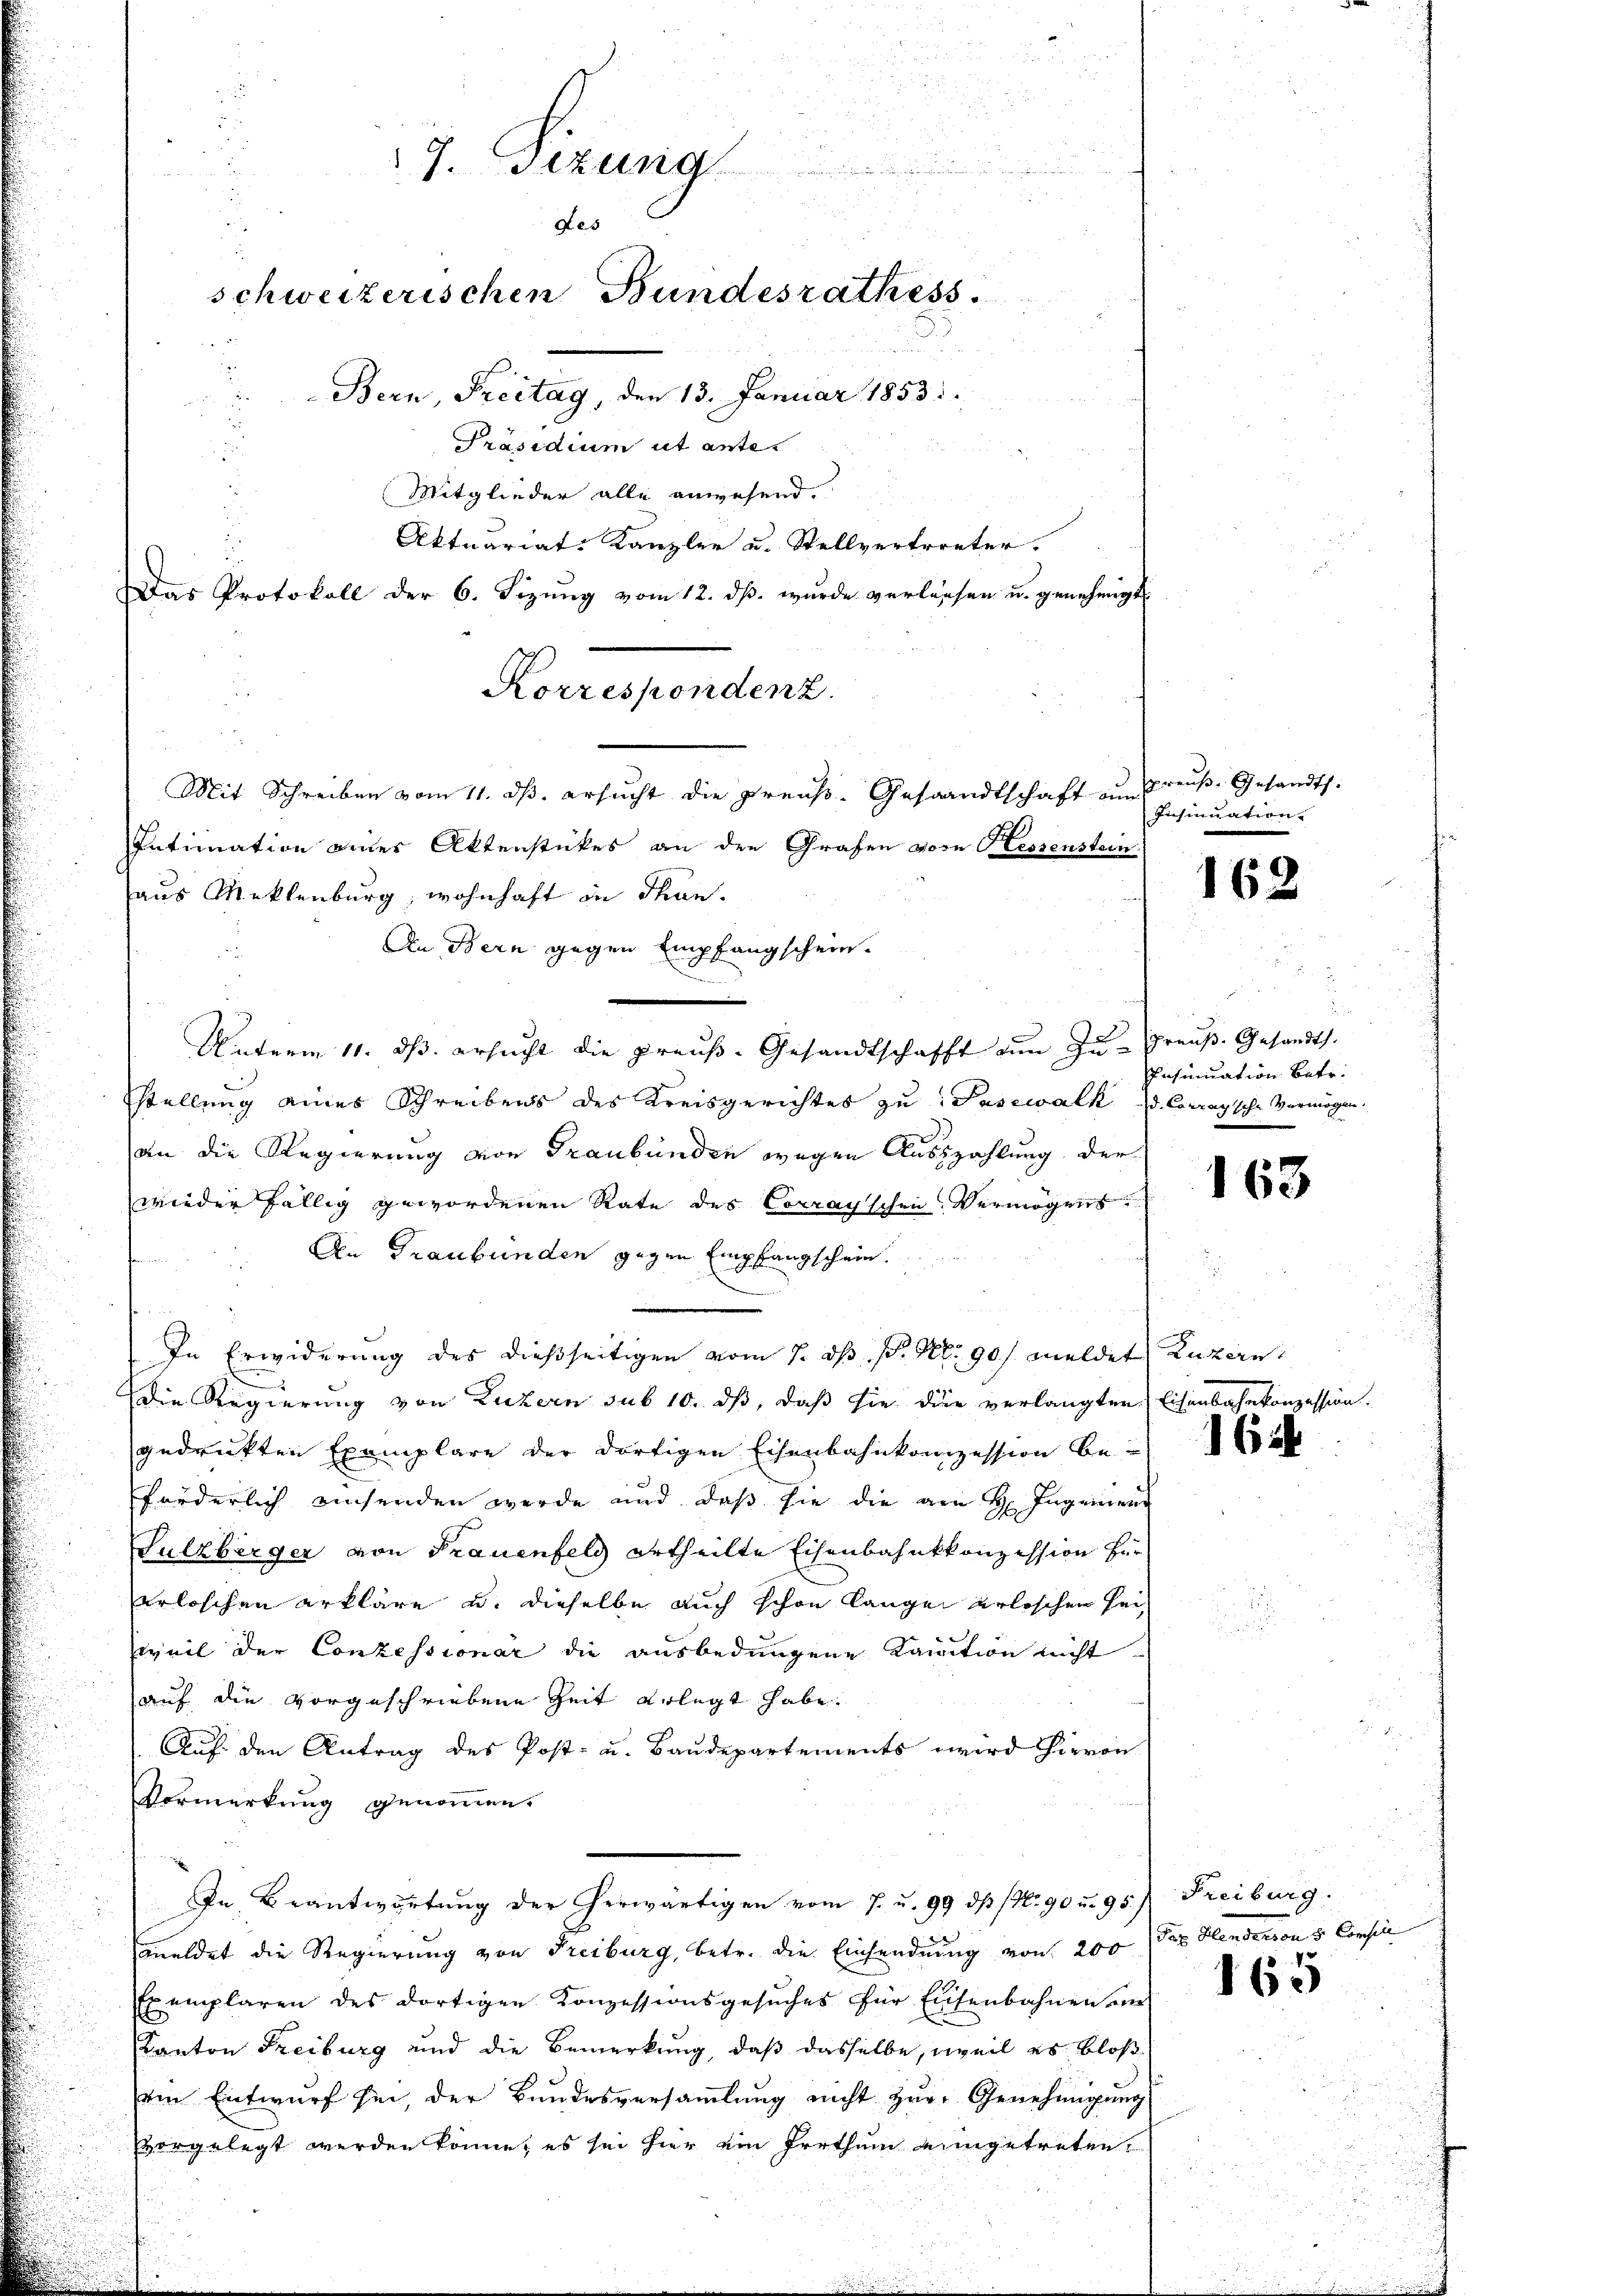
r
7. Sizung
¬
Aes
schweizerischen Bundesrathess.
Bern, Freitag, den 13. Januar 1853.
Präsidium ut anter
Mitglieder alle anwesend.
Aktuariat Kanzler u. Stellvertreter.
Das Protokoll der 6. Sizung vom 12. ds. wurde verlassen u. genehmigt

Korrespondenz.
Mit Schreiben vom 11. ds. ersucht die Preuß. Gesandtschaft um

Intimation eines Aktenstückes an den Grafen von Hessenstein
aus Meklenburg, wohnhaft in Than.
An Bern gegen Empfangschein.
Unterm 11. ds. ersucht die preuß. Gesandtschafft an Zu- Preuß. Gesandt.
stellung eines Schreibens des Kreisgerichtes zu Pasewalk, d. Corrapsche Vermögen,
an die Regierung von Graubünden wegen Auszahlung der
wieder fällig gewordenen Rate des Corrayschen Vermögens
Den Graubünden gegen Empfangschein.
In Erwiderung des dießseitigen vom 7. ds P. Nr. 901. meldet Luzern,
Die Regierung von Luzern sub 10. ds, daß sie die verlangten Eisenbahnkonzession.
gedrukten Exemplare der dortigen Eisenbahnkonzession be-
forderlich einsenden werde und daß sie die am H. Ingenien
Sulzberger von Frauenfeld ertheilte Eisenbahnkkonzession für
arloschen erkläre u. dieselbe auch schon langen gelischen Heiweil der Conzessionar die ausbedungene Kandition nicht
auf die vorgeschriebene Zeit erlegt habe.
Auf den Antrag des Post- u. Baudepartements wird hievon
Vormerkung genommen.
In Beantwortŭng der herwärtigen vom 7. u. 99 dß (N. 90 u. 95. Freiburg.
meldet die Regierung von Freiburg, betr. die Einsendung von 200 das Handerson 5 Consili
Exemplaren des dortigen Konzessionsgesuches für Eisenbahnen an
Kanton Freiburg und die Bemerkung, daß dasselbe, weil es bloß
ein Entwurf sei, der Bundesversammlung nicht zur Genehmigung
vorgelegt werden könne, es sei hier ein Irrthum eingetreten

preuß. Gesandts.
Insinuation.

162

Insinuation betr.

163

162

165